Dysentery and liver abscess in Bombay - Number 47
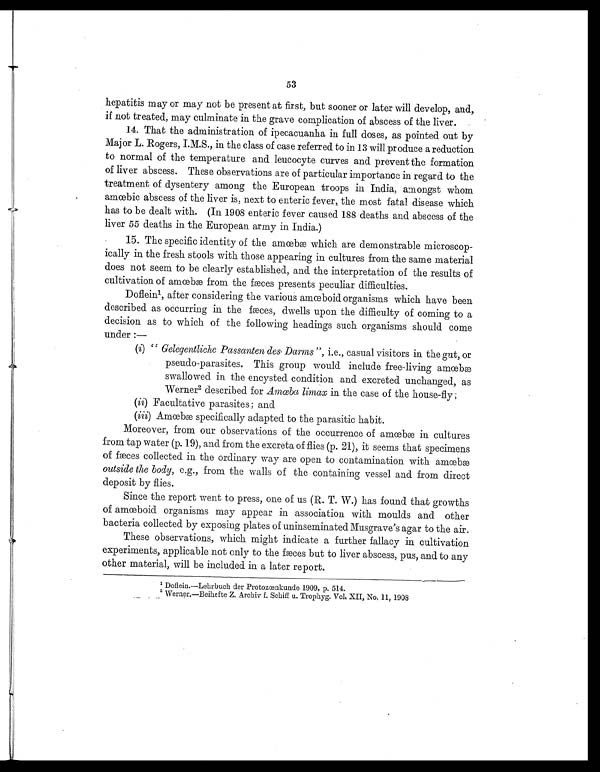
53
hepatitis may or may not be present at first, but sooner or later will develop, and,
if not treated, may culminate in the grave complication of abscess of the liver.
14. That the administration of ipecacuanha in full doses, as pointed out by
Major L. Rogers, I.M.S., in the class of case referred to in 13 will produce a reduction
to normal of the temperature and leucocyte curves and prevent the formation
of liver abscess. These observations are of particular importance in regard to the
treatment of dysentery among the European troops in India, amongst whom
amœbic abscess of the liver is, next to enteric fever, the most fatal disease which
has to be dealt with. (In 1908 enteric fever caused 188 deaths and abscess of the
liver 55 deaths in the European army in India.)
15. The specific identity of the amœbæ which are demonstrable microscop-
ically in the fresh stools with those appearing in cultures from the same material
does not seem to be clearly established, and the interpretation of the results of
cultivation of amœbæ from the fæces presents peculiar difficulties.
Dofleinl, after considering the various amœboid organisms which have been
described as occurring in the fæces, dwells upon the difficulty of coming to a
decision as to which of the following headings such organisms should come
under :—
(i) " Gelegentliche Passanten des Darms” , i. e ., casual visitors in the gut, or
pseudo-parasites. This group would include free-living amœbæ
swallowed in the encysted condition and excreted unchanged, as
Werner2 described for Amœba limax in the case of the house-fly ;
(ii) Facultative parasites; and
(iii)
A m œ b æ s p e c i f i c a l l y a d a p t e d t o t h e p a r a s i t i c h a b i t .
Moreover, from our observations of the occurrence of amœbæ in cultures
from tap water (p. 19), and from the excreta of flies (p. 21), it seems that specimens
of fæces collected in the ordinary way are open to contamination with amœbæ
outside the body, e.g., from the walls of the containing vessel and from direct
deposit by flies.
Since the report went to press, one of us (R. T. W.) has found that growths
of amœboid organisms may appear in association with moulds and other
bacteria collected by exposing plates of uninseminated Musgrave's agar to the air.
These observations, which might indicate a further fallacy in cultivation
experiments, applicable not only to the fæces but to liver abscess, pus, and to any
other material, will be included in a later report.
1 Doflein.—Lehrbuch der Protozœnkunde 1909, p. 514.
Werner.—Beihefte Z. Archiv f. Schiff u. Trophyg. Vol XII, No. 11, 190
8